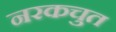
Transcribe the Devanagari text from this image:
नरकचुत